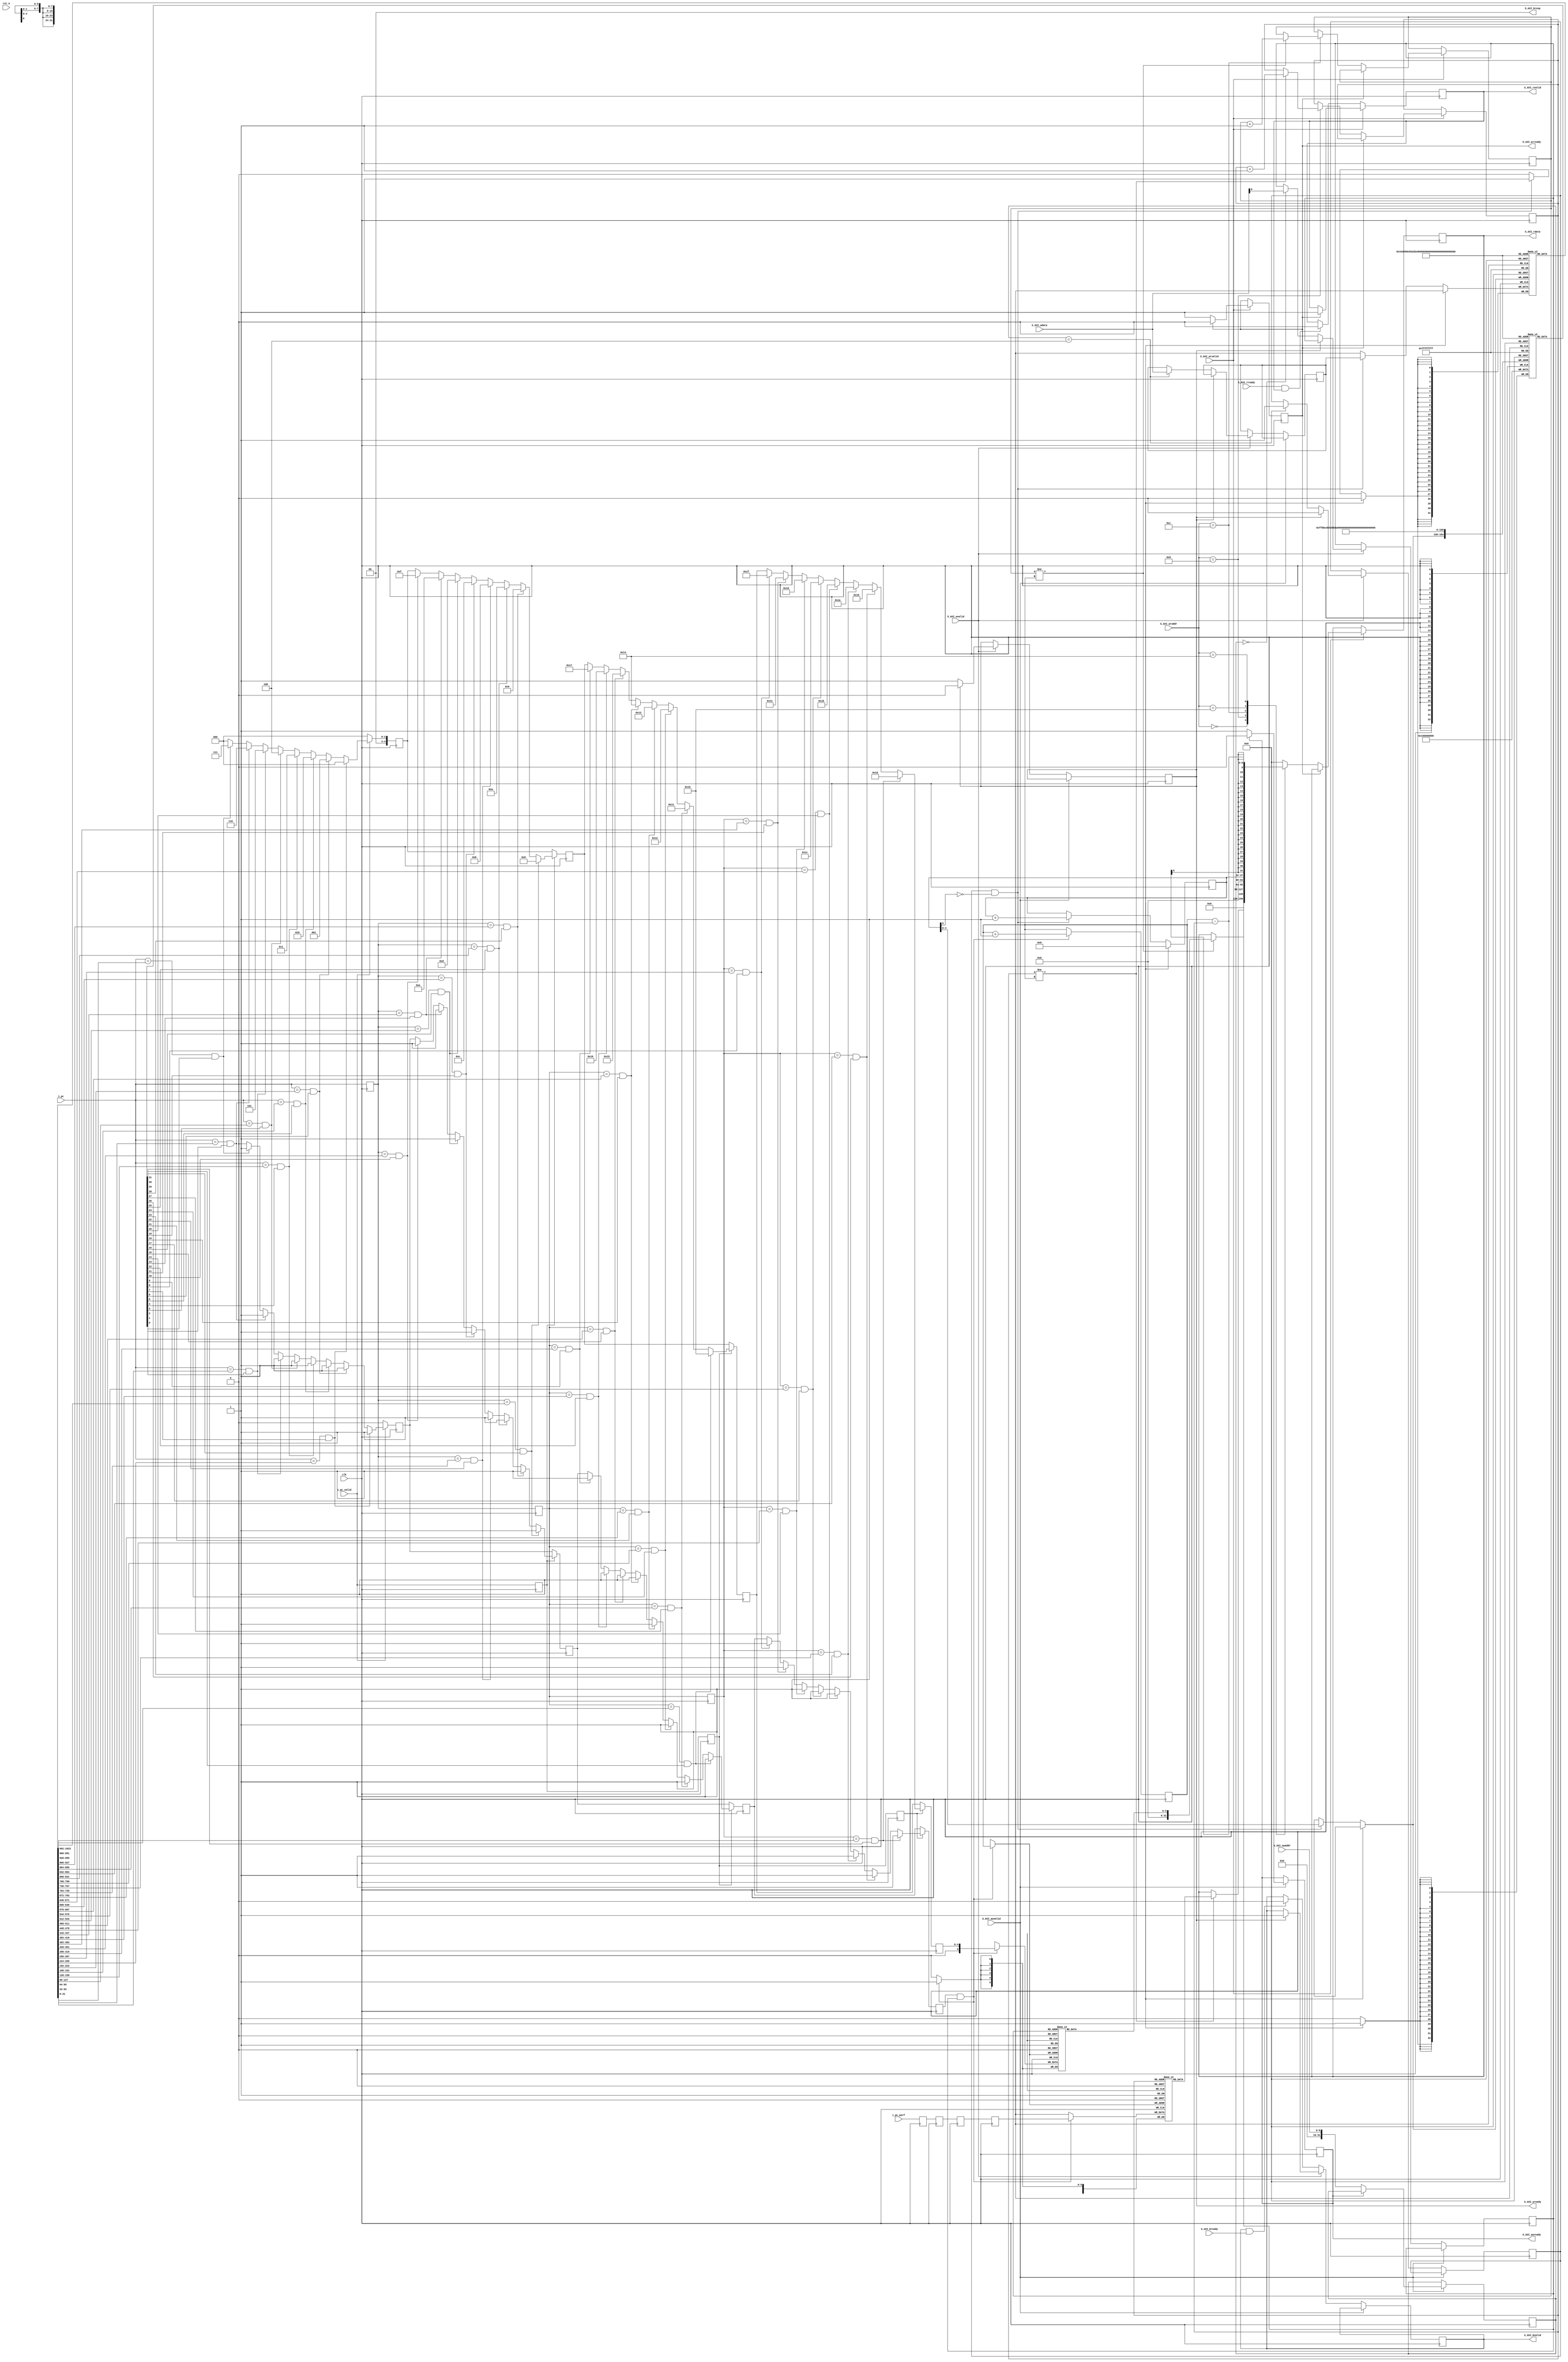
`timescale 1ns/1ps

module function_trace
#(
    parameter OUTPUT_FIFO_DEPTH = 256,
    parameter DEBUG_MODE = 1
)
(
    input clk,
    input rst_n,

    input S_AXI_arvalid,
    output reg S_AXI_arready,
    input [9:0] S_AXI_araddr,
    output reg S_AXI_rvalid,
    input S_AXI_rready,
    output reg [31:0] S_AXI_rdata,
    input S_AXI_awvalid,
    output reg S_AXI_awready,
    input [9:0] S_AXI_awaddr,
    input S_AXI_wvalid,
    output reg S_AXI_wready,
    input [31:0] S_AXI_wdata,
    output reg S_AXI_bvalid,
    input S_AXI_bready,
    output [1:0] S_AXI_bresp,

    input [31:0] i_pc,
    input i_pc_valid,
    input [31:0] i_pc_perf
);
    //resgiter map
    reg reg_system_run; //0x0 R/W
    reg [31:0] reg_symbol_input; //0x4 W
    reg [31:0] reg_mark_perf_output; //0X8 R
    reg [31:0] reg_mark_symbol_output; //0XC R
    reg [4:0] reg_symbol_counter; //0X10 R
    reg reg_mark_available; //0x14 R

    //Symbol interface
    reg symbol_en;
    reg symbol_rst;

    //PC interface
    reg pc_en [0:3];
    reg [31:0] pc_cache [0:3];
    reg pc_valid [0:3];
    reg [4:0] pc_symbol [0:3];
    reg [31:0] pc_perf [0:3];

    //symbol internal register
    reg [5:0] counter = 0;
    reg [31:0] symbol_array [31:0];
    reg symbol_valid [31:0];

    //mark internal register
    reg [31:0] mark_perf [0:OUTPUT_FIFO_DEPTH - 1];
    reg [5:0] mark_symbol [0:OUTPUT_FIFO_DEPTH - 1];
    reg [$clog2(OUTPUT_FIFO_DEPTH) - 1:0] mark_write_counter = 0;
    reg [$clog2(OUTPUT_FIFO_DEPTH) - 1:0] mark_read_counter_perf = 0;
    reg [$clog2(OUTPUT_FIFO_DEPTH) - 1:0] mark_read_counter_symbol = 0;
    wire mark_empty;
    assign mark_empty = mark_read_counter_perf == mark_write_counter;

    //AXI internal register
    reg [31:0] axi_write_channel_address;

    // temporary variable
    integer i;

    //wire variable
    assign S_AXI_bresp = 0;

    initial begin
        for(i = 0; i < 32; i = i + 1) begin
            symbol_valid[i] <= 0;
            symbol_array[i] <= 0;
        end
    end

    //DEBUG
    generate if(DEBUG_MODE) begin
        initial begin
            reg_system_run <= 0;
        end
    end
    endgenerate

    //symbol FIFO
    always @(posedge clk) begin
        if(symbol_rst) begin
            for(i = 0; i < 32; i = i + 1) begin
                symbol_valid[i] <= 0;
                counter <= 0;
            end    
        end
        else if(symbol_en & ~counter[5]) begin
            symbol_valid[counter[4:0]] <= 1;
            symbol_array[counter[4:0]] <= reg_symbol_input;
            counter <= counter + 1;
        end
    end

    //PC pipeline
    genvar j;
    generate for(j = 0; j < 3; j = j + 1) begin
        always @(posedge clk) begin
            pc_en[j + 1] <= pc_en[j];
            pc_cache[j + 1] <= pc_cache[j];
            pc_perf[j + 1] <= pc_perf[j];
            if(pc_en[j]) begin
                if(pc_cache[j] == symbol_array[j * 8 + 8] && symbol_valid[j * 8 + 8]) begin
                    pc_valid[j + 1] <= 1;
                    pc_symbol[j + 1] <= j * 8 + 8;
                end
                else if(pc_cache[j] == symbol_array[j * 8 + 9] && symbol_valid[j * 8 + 9]) begin
                    pc_valid[j + 1] <= 1;
                    pc_symbol[j + 1] <= j * 8 + 9;
                end
                else if(pc_cache[j] == symbol_array[j * 8 + 10] && symbol_valid[j * 8 + 10]) begin
                    pc_valid[j + 1] <= 1;
                    pc_symbol[j + 1] <= j * 8 + 10;
                end
                else if(pc_cache[j] == symbol_array[j * 8 + 11] && symbol_valid[j * 8 + 11]) begin
                    pc_valid[j + 1] <= 1;
                    pc_symbol[j + 1] <= j * 8 + 11;
                end
                else if(pc_cache[j] == symbol_array[j * 8 + 12] && symbol_valid[j * 8 + 12]) begin
                    pc_valid[j + 1] <= 1;
                    pc_symbol[j + 1] <= j * 8 + 12;
                end
                else if(pc_cache[j] == symbol_array[j * 8 + 13] && symbol_valid[j * 8 + 13]) begin
                    pc_valid[j + 1] <= 1;
                    pc_symbol[j + 1] <= j * 8 + 13;
                end
                else if(pc_cache[j] == symbol_array[j * 8 + 14] && symbol_valid[j * 8 + 14]) begin
                    pc_valid[j + 1] <= 1;
                    pc_symbol[j + 1] <= j * 8 + 14;
                end
                else if(pc_cache[j] == symbol_array[j * 8 + 15] && symbol_valid[j * 8 + 15]) begin
                    pc_valid[j + 1] <= 1;
                    pc_symbol[j + 1] <= j * 8 + 15;
                end
                else begin
                    pc_valid[j + 1] <= pc_valid[j];
                    pc_symbol[j + 1] <= pc_symbol[j];
                end
            end
            else begin
                pc_valid[j + 1] <= pc_valid[j];
                pc_symbol[j + 1] <= pc_symbol[j];
            end
        end
    end
    endgenerate

    //PC pipeline level-0
    always @(posedge clk) begin
        pc_perf[0] <= i_pc_perf;
        pc_cache[0] <= i_pc;
        pc_en[0] <= i_pc_valid;
        if(i_pc_valid) begin
            if(i_pc == symbol_array[0] && symbol_valid[0]) begin
                pc_valid[0] <= 1;
                pc_symbol[0] <= 0;
            end
            else if(i_pc == symbol_array[1] && symbol_valid[1]) begin
                pc_valid[0] <= 1;
                pc_symbol[0] <= 1;
            end
            else if(i_pc == symbol_array[2] && symbol_valid[2]) begin
                pc_valid[0] <= 1;
                pc_symbol[0] <= 2;
            end
            else if(i_pc == symbol_array[3] && symbol_valid[3]) begin
                pc_valid[0] <= 1;
                pc_symbol[0] <= 3;
            end
            else if(i_pc == symbol_array[4] && symbol_valid[4]) begin
                pc_valid[0] <= 1;
                pc_symbol[0] <= 4;
            end
            else if(i_pc == symbol_array[5] && symbol_valid[5]) begin
                pc_valid[0] <= 1;
                pc_symbol[0] <= 5;
            end
            else if(i_pc == symbol_array[6] && symbol_valid[6]) begin
                pc_valid[0] <= 1;
                pc_symbol[0] <= 6;
            end
            else if(i_pc == symbol_array[7] && symbol_valid[7]) begin
                pc_valid[0] <= 1;
                pc_symbol[0] <= 7;
            end
            else begin
                pc_valid[0] <= 0;
                pc_symbol[0] <= 0;
            end
        end
        else begin
            pc_valid[0] <= 0;
            pc_symbol[0] <= 0;
        end
    end

    //mark FIFO
    always @(posedge clk) begin
        if(pc_valid[3] & reg_system_run) begin
            mark_perf[mark_write_counter] <= pc_perf[3];
            mark_symbol[mark_write_counter] <= pc_symbol[3];
            mark_write_counter <= mark_write_counter + 1;
        end
    end

    //AXI READ
    always @(posedge clk) begin
        if(S_AXI_arvalid) begin
            if(S_AXI_arready) begin
                S_AXI_arready <= 0;
                S_AXI_rvalid <= 1;
            end
            else begin
                S_AXI_arready <= 1;
                case(S_AXI_araddr)
                    'h00: begin
                        S_AXI_rdata <= reg_system_run;
                    end
                    'h08: begin
                        if(mark_read_counter_perf != mark_write_counter) begin
                            S_AXI_rdata <= mark_perf[mark_read_counter_perf];
                            mark_read_counter_perf <= mark_read_counter_perf + 1;
                        end
                    end
                    'h0c: begin
                        if(mark_read_counter_symbol != mark_write_counter) begin
                            S_AXI_rdata <= mark_symbol[mark_read_counter_symbol];
                            mark_read_counter_symbol <= mark_read_counter_symbol + 1;
                        end
                    end
                    'h10: begin
                        S_AXI_rdata <= counter;
                    end
                    'h14: begin
                        S_AXI_rdata <= mark_write_counter - mark_read_counter_perf;
                    end
                    default: S_AXI_rdata <= 0;
                endcase
            end
        end
        else if(S_AXI_rready & S_AXI_rvalid) begin
            S_AXI_rvalid <= 0;
        end
    end

    always @(posedge clk) begin
        if(S_AXI_awvalid) begin
            if(S_AXI_awready) begin
                S_AXI_awready <= 0;
            end
            else begin
                axi_write_channel_address <= S_AXI_awaddr;
                S_AXI_awready <= 1;
            end
        end
        else if(S_AXI_wvalid) begin
            if(S_AXI_wready) begin
                S_AXI_wready <= 0;
                S_AXI_bvalid <= 1;
                symbol_en <= 0;
            end
            else begin
                S_AXI_wready <= 1;
                (* full_case *)
                case(axi_write_channel_address)
                'h00: reg_system_run <= S_AXI_wdata;
                'h04: begin
                    reg_symbol_input <= S_AXI_wdata;
                    symbol_en <= 1;
                end
                endcase
            end
        end
        else if(S_AXI_bvalid & S_AXI_bready) begin
            S_AXI_bvalid <= 0;
        end
    end
endmodule